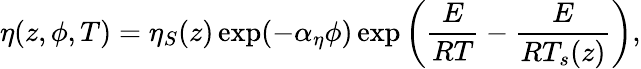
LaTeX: \eta(z,\phi,T)=\eta_{S}(z)\exp(-\alpha_{\eta}\phi)\exp\left(\frac{E}{RT}-\frac{E}{RT_{s}(z)}\right),